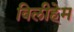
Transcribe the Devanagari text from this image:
विलीहेम